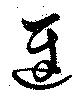
遲